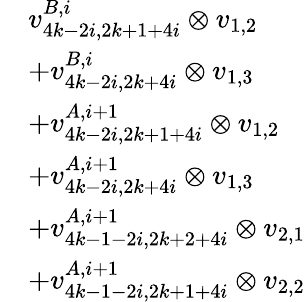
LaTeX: \begin{array}{rl}&{v_{4k-2i,2k+1+4i}^{B,i}\otimes v_{1,2}}\\ &{+v_{4k-2i,2k+4i}^{B,i}\otimes v_{1,3}}\\ &{+v_{4k-2i,2k+1+4i}^{A,i+1}\otimes v_{1,2}}\\ &{+v_{4k-2i,2k+4i}^{A,i+1}\otimes v_{1,3}}\\ &{+v_{4k-1-2i,2k+2+4i}^{A,i+1}\otimes v_{2,1}}\\ &{+v_{4k-1-2i,2k+1+4i}^{A,i+1}\otimes v_{2,2}}\end{array}